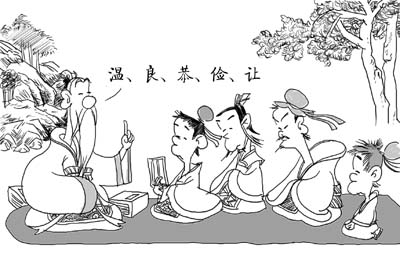
虽有戈矛之刺，不如恭俭之利也。